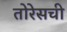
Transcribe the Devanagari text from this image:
तोरेसची